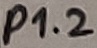
Text: P1.2